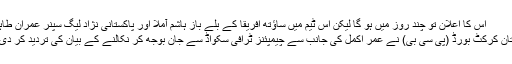
اس کا اعلان تو چند روز میں ہو گا لیکن اس ٹیم میں ساؤتھ افریقا کے بلے باز ہاشم آملا اور پاکستانی نژاد لیگ سپنر عمران طاہر ...
پاکستان کرکٹ بورڈ (پی سی بی) نے عمر اکمل کی جانب سے چیمپئنز ٹرافی سکواڈ سے جان بوجھ کر نکالنے کے بیان کی تردید کر دی ہے۔